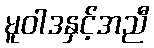
မူဝါဒနှင့်အညီ